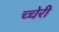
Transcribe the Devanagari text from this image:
च्चेरी